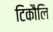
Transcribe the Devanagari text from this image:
टिकौलि